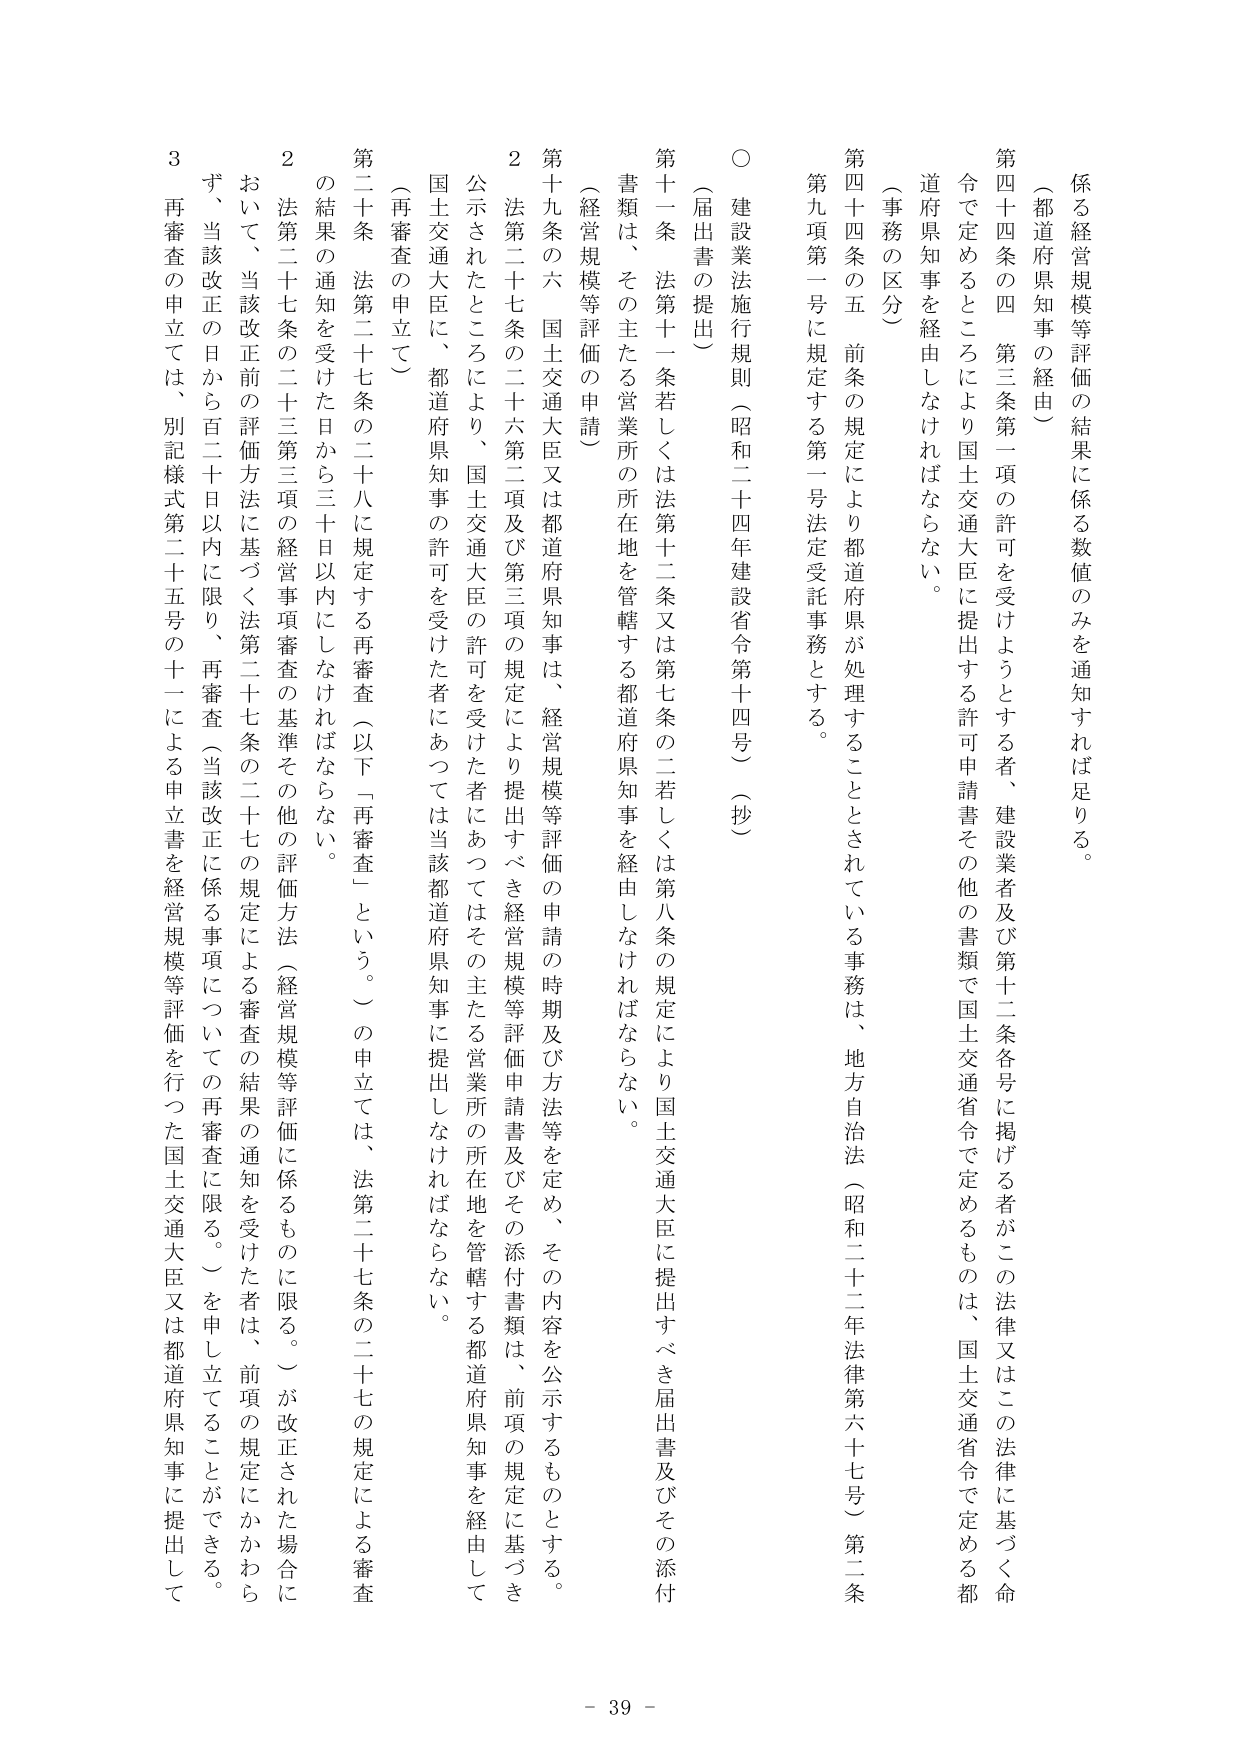
係る経営規模等評価の結果に係る数値のみを通知すれば足りる。

（都道府県知事の経由）
第四十四条の四 第三条第一項の許可を受けようとする者、建設業者及び第十二条各号に掲げる者がこの法律又はこの法律に基づく命令で定めるところにより国土交通大臣に提出する許可申請書その他の書類で国土交通省令で定めるものは、国土交通省令で定める都道府県知事を経由しなければならない。

（事務の区分）
第四十四条の五 前条の規定により都道府県が処理することとされている事務は、地方自治法（昭和二十二年法律第六十七号）第二条第九項第一号に規定する第一号法受託事務とする。

○ 建設法施行規則（昭和二十四年建設省令第十四号）（抄）

（届出書の提出）
第十一条 法第十一条若しくは法第十二条又は第七条の二若しくは第八条の規定により国土交通大臣に提出すべき届出書及びその添付書類は、その主たる営業所の所在地を管轄する都道府県知事を経由しなければならない。

（経営規模等評価の申請）
第十九条の六 国土交通大臣又は都道府県知事は、経営規模等評価の申請の時期及び方法等を定め、その内容を公示するものとする。

２ 法第二十七条の二十六第二項及び第三項の規定により提出すべき経営規模等評価申請書及びその添付書類は、前項の規定に基づき公示されたところにより、国土交通大臣の許可を受けた者にあってはその主たる営業所の所在地を管轄する都道府県知事を経由して国土交通大臣に、都道府県知事の許可を受けた者にあっては当該都道府県知事に提出しなければならない。

（再審査の申立て）
第二十条 法第二十七条の二十八に規定する再審査（以下「再審査」という。）の申立ては、法第二十七条の二十七の規定による審査の結果の通知を受けた日から三十日以内にしなければならない。

２ 法第二十七条の二十三第三項の経営事項審査の基準その他の評価方法（経営規模等評価に係るものに限る。）が改正された場合において、当該改正前の評価方法に基づく法第二十七条の二十七の規定による審査の結果の通知を受けた者は、前項の規定にかかわらず、当該改正の日から百二十日以内に限り、再審査（当該改正に係る事項についての再審査に限る。）を申し立てることができる。

３ 再審査の申立ては、別記様式第二十五号の十一による申立書を経営規模等評価を行った国土交通大臣又は都道府県知事に提出して

- 39 -